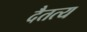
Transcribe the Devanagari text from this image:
दैतत्य